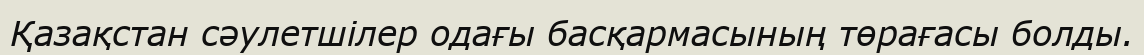
Қазақстан сәулетшілер одағы басқармасының төрағасы болды.